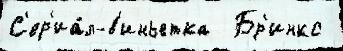
С'ер'иа́л-в'иньетка  Бр'инкс